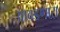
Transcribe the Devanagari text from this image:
आवडणारा